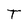
Character: T